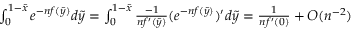
\begin{array} { r l } & { \int _ { 0 } ^ { 1 - { \tilde { x } } } e ^ { - n f ( { \tilde { y } } ) } d { \tilde { y } } = \int _ { 0 } ^ { 1 - { \tilde { x } } } \frac { - 1 } { n f ^ { \prime } ( { \tilde { y } } ) } ( e ^ { - n f ( { \tilde { y } } ) } ) ^ { \prime } d { \tilde { y } } = \frac { 1 } { n f ^ { \prime } ( 0 ) } + O ( n ^ { - 2 } ) } \end{array}